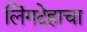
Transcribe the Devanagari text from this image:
लिंगदेहाचा